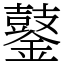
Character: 䥢